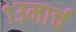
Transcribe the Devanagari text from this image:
१३मार्च